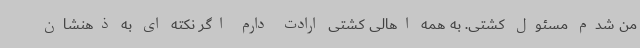
من شدم مسئول کشتی. به همه اهالی کشتی ارادت دارم اگر نکته ای به ذهنشان